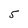
Character: 5